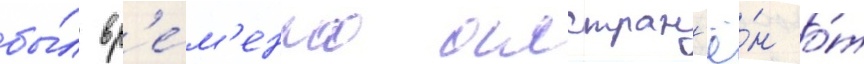
бы́л вр'е́м'енно отстран'ё́н о́т